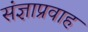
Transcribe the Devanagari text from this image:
संज्ञाप्रवाह